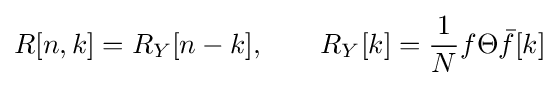
R[n,k]=R_{Y}[n-k],\qquad R_{Y}[k]={\frac {1}{N}}f\Theta {\bar {f}}[k]